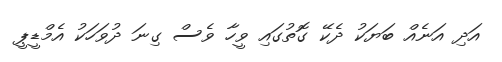
އަދި އަނެއް ބަޔަކު ދެކޭ ގޮތުގައި ވީހާ ވެސް ގިނަ ދުވަހަކު އެމްޑީޕީ